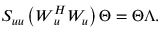
\boldsymbol { S _ { u u } } \left( \boldsymbol { W } _ { \boldsymbol { u } } ^ { H } \boldsymbol { W _ { u } } \right) \boldsymbol { \Theta } = \boldsymbol { \Theta } \boldsymbol { \Lambda } .